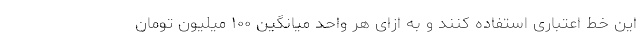
این خط اعتباری استفاده کنند و به ازای هر واحد میانگین ۱۰۰ میلیون تومان